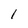
Character: I